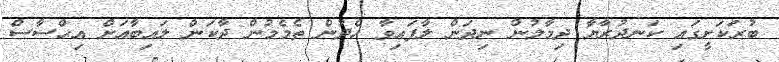
ބުރަކަށީގައި ކަނދުރާޔާ ދިމާލުން ނިދަން ލާފައިވާ ހެދުން ތެމެމުން ދާކަން ލައިބާއަށް އިޙްސާސް